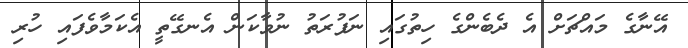
އޭނާގެ މައްޗަށް އެ ދެބެންގެ ހިތުގައި ނަފުރަތު ނުވާކަން އެނގޭތީ އެކަމާވެފައި ހުރި